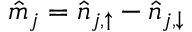
\hat { m } _ { j } = \hat { n } _ { j , { \uparrow } } - \hat { n } _ { j , { \downarrow } }